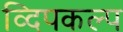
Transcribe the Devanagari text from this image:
व्दिपकल्प